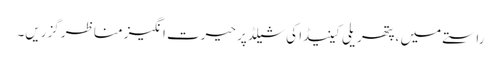
راستے میں ، پتھریلی کینیڈا کی شیلڈ پر حیرت انگیز مناظر گزریں۔